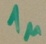
Text: 1µ